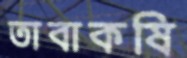
তাবাকষি